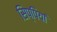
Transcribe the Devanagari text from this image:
सिप्पियां